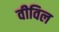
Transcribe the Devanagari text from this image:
वीविल